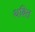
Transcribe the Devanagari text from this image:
थबित